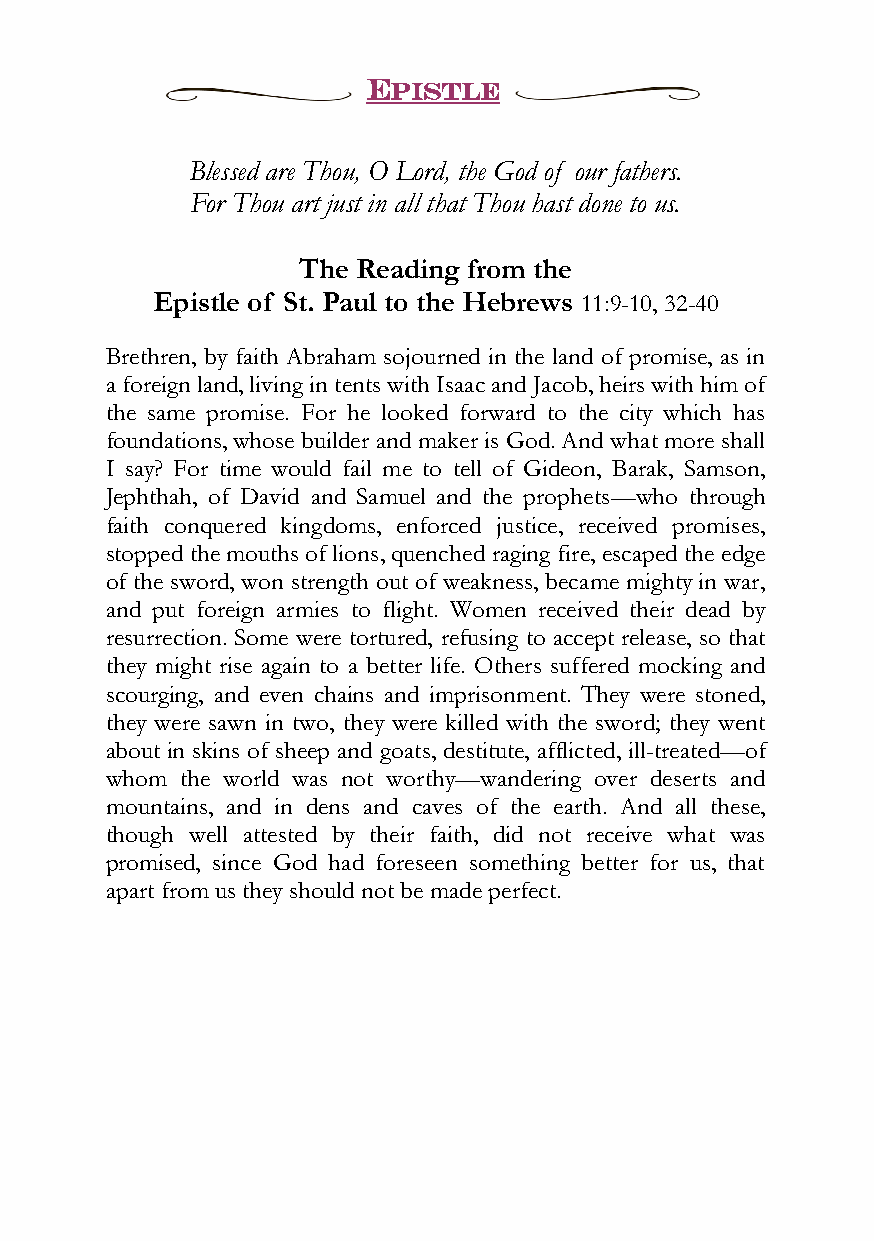
EPISTLE
 Blessed are Thou, O Lord, the God of our fathers.
 For Thou art just in all that Thou hast done to us.
 The Reading from the
 Epistle of St. Paul to the Hebrews 11:9-10, 32-40
 Brethren, by faith Abraham sojourned in the land of promise, as in
 a foreign land, living in tents with Isaac and Jacob, heirs with him of
 the same promise. For he looked forward to the city which has
 foundations, whose builder and maker is God. And what more shall
 I say? For time would fail me to tell of Gideon, Barak, Samson,
 Jephthah, of David and Samuel and the prophets—who through
 faith conquered kingdoms, enforced justice, received promises,
 stopped the mouths of lions, quenched raging fire, escaped the edge
 of the sword, won strength out of weakness, became mighty in war,
 and put foreign armies to flight. Women received their dead by
 resurrection. Some were tortured, refusing to accept release, so that
 they might rise again to a better life. Others suffered mocking and
 scourging, and even chains and imprisonment. They were stoned,
 they were sawn in two, they were killed with the sword; they went
 about in skins of sheep and goats, destitute, afflicted, ill-treated—of
 whom the world was not worthy—wandering over deserts and
 mountains, and in dens and caves of the earth. And all these,
 though well attested by their faith, did not receive what was
 promised, since God had foreseen something better for us, that
 apart from us they should not be made perfect.